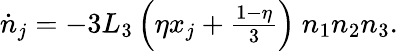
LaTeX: \begin{array}{r}{\dot{n}_{j}=-3L_{3}\left(\eta x_{j}+\frac{1-\eta}{3}\right)\ n_{1}n_{2}n_{3}.}\end{array}